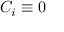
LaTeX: C _ { i } \equiv 0